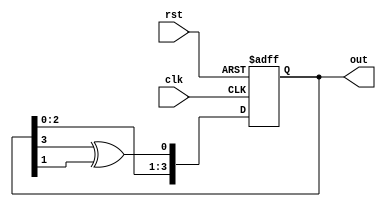
`timescale 1ns / 1ps
//////////////////////////////////////////////////////////////////////////////////
// Company: -
// 
// Design Name: 4-bit Feedback shift register
// Module Name: shift_reg
// Project Name: 4-bit Feedback shift register
// Target Devices: 
// Tool Versions: 
// Description: 
// 
// Dependencies: 
// 
// Revision:
// Revision 0.01 - File Created
// Additional Comments:
// 
//////////////////////////////////////////////////////////////////////////////////


module shift_reg(
    input wire clk,
    input wire rst,
    output wire [3:0] out
    );
    reg [3:0] sr;
    wire [3:0] buff;
    
    always@ (posedge clk or posedge rst)
        if(rst)
            sr <= 4'b1110;
        else
            sr <= buff;
     assign  buff = {sr[2:0], sr[3]^sr[1]};
     assign out = sr;
          
endmodule